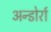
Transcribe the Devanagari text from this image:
अन्डोर्रा